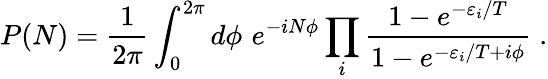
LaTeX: P(N)=\frac{1}{2\pi}\int_{0}^{2\pi}d\phi\, \, e^{-iN\phi}\prod_{i}\frac{1-e^{-\varepsilon_{i}/T}}{1-e^{-\varepsilon_{i}/T+i\phi}}\; .